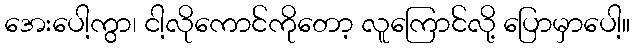
အေးပေါ့ကွာ၊ ငါ့လိုကောင်ကိုတော့ လူကြောင်လို့ ပြောမှာပေါ့။